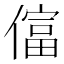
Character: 𫣡